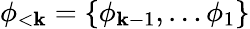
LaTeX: \phi_{<\mathbf{k}}=\{ \phi_{\mathbf{k}-1},\dots\phi_{1}\}